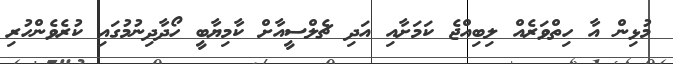
މުޅިން އާ ހިތްވަރެއް ލިބިއްޖެ ކަމަށާއި އަދި ޗެލްސީއާށް ކާމިޔާބީ ހޯދާދިނުމުގައި ކުރެވެންހުރި